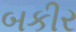
બકીર